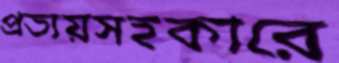
প্রত্যয়সহকারে